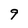
Character: 9